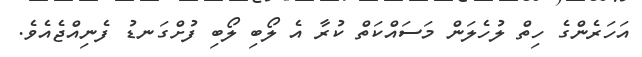
އަހަރެންގެ ހިތް ލުހެލަން މަސައްކަތް ކުރާ އެ ލޯބި ލޯބި ފުށްގަނޑު ފެނިއްޖެއެވެ.